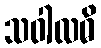
သဝါလဓိ